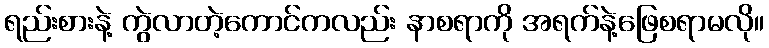
ရည်းစားနဲ့ ကွဲလာတဲ့ကောင်ကလည်း နာစရာကို အရက်နဲ့ဖြေစရာမလို။